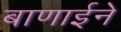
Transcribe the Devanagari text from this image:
बाणाईने